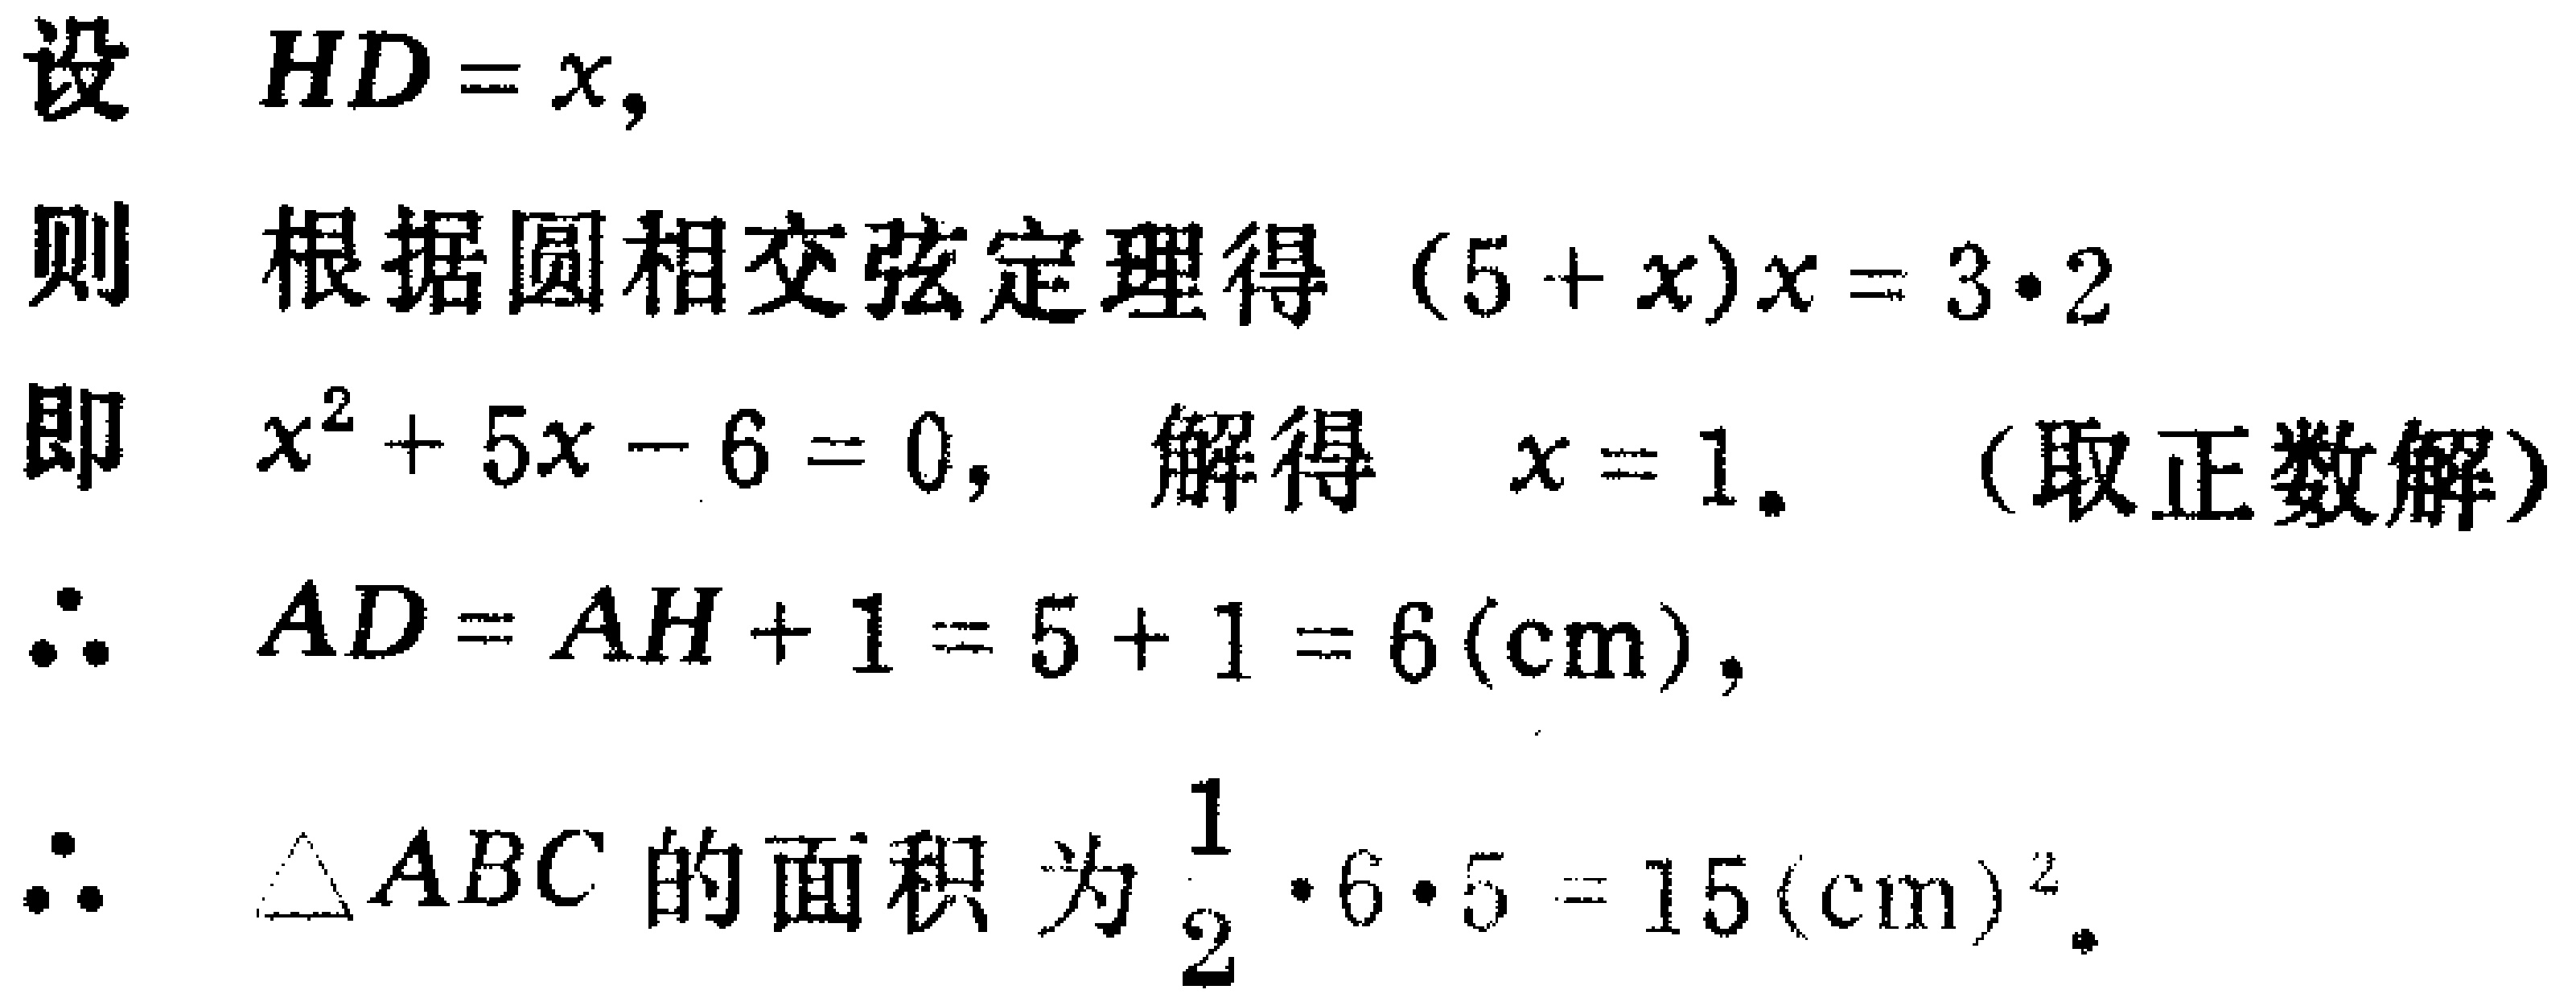
设 \(HD = x\)，
则 根据圆相交弦定理得 \((5 + x)x = 3\cdot2\)
即 \(x^{2}+5x - 6 = 0\)， 解得 \(x = 1\)。（取正数解）
\(\therefore\) \(AD = AH + 1 = 5 + 1 = 6(\text{cm})\)，
\(\therefore\) \(\triangle ABC\) 的面积为 \(\frac{1}{2}\cdot6\cdot5 = 15(\text{cm})^{2}\)。